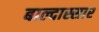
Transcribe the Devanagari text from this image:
बाल्दास्सार